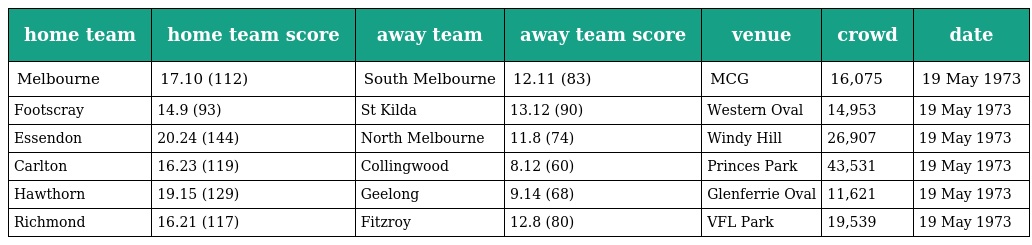
| home team | home team score | away team | away team score | venue | crowd | date |
 | --- | --- | --- | --- | --- | --- | --- |
 | Melbourne | 17.10 (112) | South Melbourne | 12.11 (83) | MCG | 16,075 | 19 May 1973 |
 | Footscray | 14.9 (93) | St Kilda | 13.12 (90) | Western Oval | 14,953 | 19 May 1973 |
 | Essendon | 20.24 (144) | North Melbourne | 11.8 (74) | Windy Hill | 26,907 | 19 May 1973 |
 | Carlton | 16.23 (119) | Collingwood | 8.12 (60) | Princes Park | 43,531 | 19 May 1973 |
 | Hawthorn | 19.15 (129) | Geelong | 9.14 (68) | Glenferrie Oval | 11,621 | 19 May 1973 |
 | Richmond | 16.21 (117) | Fitzroy | 12.8 (80) | VFL Park | 19,539 | 19 May 1973 |